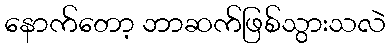
နောက်တော့ ဘာဆက်ဖြစ်သွားသလဲ